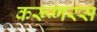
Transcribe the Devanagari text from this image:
करूणरस